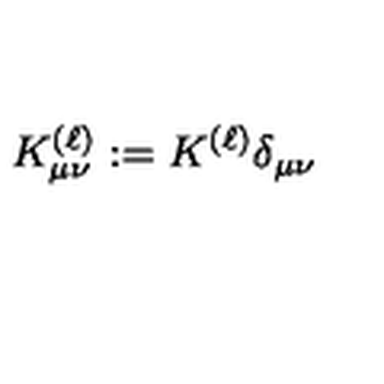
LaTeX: K _ { \mu \nu } ^ { ( \ell ) } : = K ^ { ( \ell ) } \delta _ { \mu \nu }